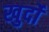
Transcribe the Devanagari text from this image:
खुर्दो